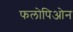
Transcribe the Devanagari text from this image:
फलोपिओन